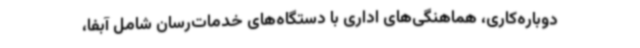
دوباره‌کاری، هماهنگی‌های اداری با دستگاه‌های خدمات‌رسان شامل آبفا،